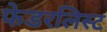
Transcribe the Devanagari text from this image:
फेडरलिस्ट